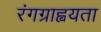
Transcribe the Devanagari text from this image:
रंगग्राह्वयता